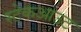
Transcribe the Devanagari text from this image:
स्टेकआउट